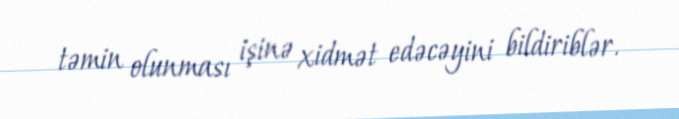
təmin olunması işinə xidmət edəcəyini bildiriblər.